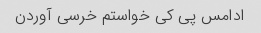
ادامس پی کی خواستم خرسی آوردن